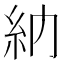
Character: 𥾔